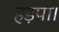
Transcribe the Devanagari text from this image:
हड़पा।